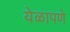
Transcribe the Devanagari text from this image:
येळापणे